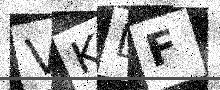
Text: VKLF